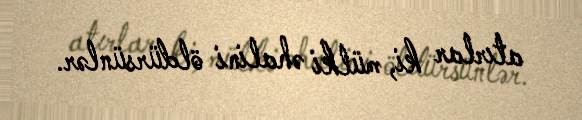
atırlar ki, mülki əhalini öldürsünlər.